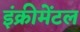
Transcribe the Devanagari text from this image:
इंक्रीमेंटल